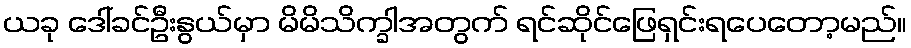
ယခု ဒေါ်ခင်ဦးနွယ်မှာ မိမိသိက္ခါအတွက် ရင်ဆိုင်ဖြေရှင်းရပေတော့မည်။